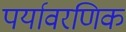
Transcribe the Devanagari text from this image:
पर्यावरणिक